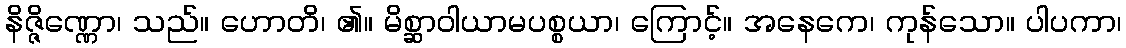
နိဇ္ဇိဏ္ဏော၊ သည်။ ဟောတိ၊ ၏။ မိစ္ဆာဝါယာမပစ္စယာ၊ ကြောင့်။ အနေကေ၊ ကုန်သော။ ပါပကာ၊